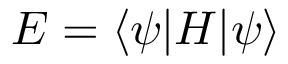
E = \langle \psi | H | \psi \rangle